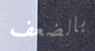
بالضعف